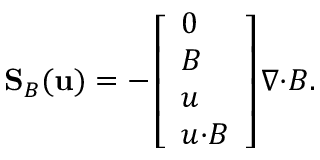
\mathbf { S } _ { \boldsymbol { B } } ( \mathbf { u } ) = - \left[ \begin{array} { l } { 0 } \\ { \boldsymbol { B } } \\ { \boldsymbol { u } } \\ { \boldsymbol { u } { \cdot } \boldsymbol { B } } \end{array} \right] \boldsymbol { \nabla } { \cdot } \boldsymbol { B } .